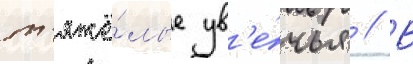
т'яжё́лые ув'е́чья // В